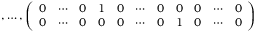
, \ldots , \left( \begin{array} { c c c c c c c c c c c } { { 0 } } & { { \cdots } } & { { 0 } } & { { 1 } } & { { 0 } } & { { \cdots } } & { { 0 } } & { { 0 } } & { { 0 } } & { { \cdots } } & { { 0 } } \\ { { 0 } } & { { \cdots } } & { { 0 } } & { { 0 } } & { { 0 } } & { { \cdots } } & { { 0 } } & { { 1 } } & { { 0 } } & { { \cdots } } & { { 0 } } \end{array} \right)